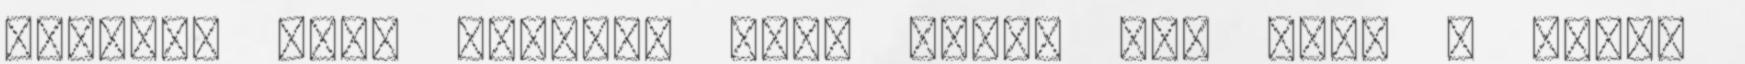
kerülő, mint jómaga, most mégis itt eszi a fene,